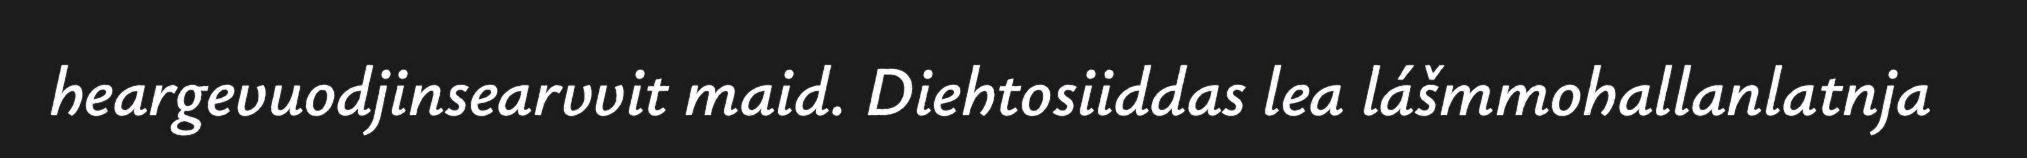
heargevuodjinsearvvit maid. Diehtosiiddas lea lášmmohallanlatnja